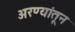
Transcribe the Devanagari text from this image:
अरण्यांतून